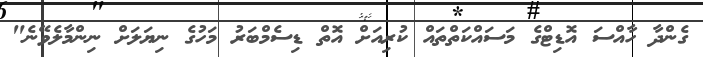
ގެންދާ ހާއްސަ އޮޑިޓްގެ މަސައްކަތްތައް ކުރިއަށް އޮތް ޑިސެމްބަރު މަހުގެ ނިޔަލަށް ނިންމާލެވޭނެ"